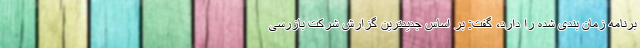
برنامه زمان بندی شده را دارد، گفت: بر اساس جدیدترین گزارش شرکت بازرسی